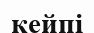
кейпі